Annual administration report of the Civil Veterinary Department of India - 1895-1896
Year: 1895
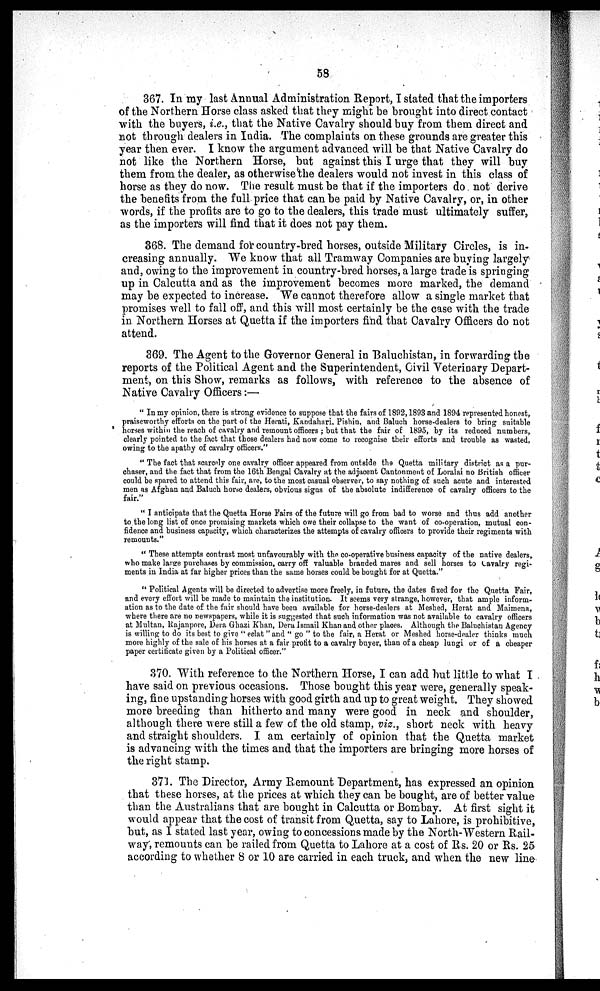
58
367. In my last Annual Administration Report, I stated that the importers
of the Northern Horse class asked that they might be brought into direct contact
with the buyers, i.e., that the Native Cavalry should buy from them direct and
not through dealers in India. The complaints on these grounds are greater this
year then ever. I know the argument advanced will be that Native Cavalry do
not like the Northern Horse, but against this I urge that they will buy
them from the dealer, as otherwise the dealers would not invest in this class of
horse as they do now. The result must be that if the importers do not derive
the benefits from the full price that can be paid by Native Cavalry, or, in other
words, if the profits are to go to the dealers, this trade must ultimately suffer,
as the importers will find that it does not pay them.
368. The demand for country-bred horses, outside Military Circles, is in-
creasing annually. We know that all Tramway Companies are buying largely
and, owing to the improvement in country-bred horses, a large trade is springing
up in Calcutta and as the improvement becomes more marked, the demand
may be expected to increase. We cannot therefore allow a single market that
promises well to fall off, and this will most certainly be the case with the trade
in Northern Horses at Quetta if the importers find that Cavalry Officers do not
attend.
369. The Agent to the Governor General in Baluchistan, in forwarding the
reports of the Political Agent and the Superintendent, Civil Veterinary Depart-
ment, on this Show, remarks as follows, with reference to the absence of
Native Cavalry Officers:—
"In my opinion, there is strong evidence to suppose that the fairs of 1892, 1893 and 1894 represented honest,
praiseworthy efforts on the part of the Herati, Kandahari, Pishin, and Baluch horse-dealers to bring suitable
horses within the reach of cavalry and remount officers ; but that the fair of 1895, by its reduced numbers,
clearly pointed to the fact that those dealers had now come to recognise their efforts and trouble as wasted,
owing to the apathy of cavalry officers."
"The fact that scarcely one cavalry officer appeared from outside the Quetta military district as a pur-
chaser, and the fact that from the 16th Bengal Cavalry at the adjacent Cantonment of Loralai no British officer
could be spared to attend this fair, are, to the most casual observer, to say nothing of such acute and interested
men as Afghan and Baluch horse dealers, obvious signs of the absolute indifference of cavalry officers to the
fair."
"I anticipate that the Quetta Horse Fairs of the future will go from bad to worse and thus add another
to the long list of once promising markets which owe their collapse to the want of co-operation, mutual con-
fidence and business capacity, which characterizes the attempts of cavalry officers to provide their regiments with
remounts."
"These attempts contrast most unfavourably with the co-operative business capacity of the native dealers,
who make large purchases by commission, carry off valuable branded mares and sell horses to Cavalry regi-
ments in India at far higher prices than the same horses could be bought for at Quetta."
"Political Agents will be directed to advertise more freely, in future, the dates fixed for the Quetta Fair,
and every effort will be made to maintain the institution. It seems very strange, however, that ample inform-
ation as to the date of the fair should have been available for horse-dealers at Meshed, Herat and Maimena,
where there are no newspapers, while it is suggested that such information was not available to cavalry officers
at Multan, Rajanpore, Dera Ghazi Khan, Dera Ismail Khan and other places. Although the Baluchistan Agency
is willing to do its best to give " eclat " and " go " to the fair, a Herat or Meshed horse-dealer thinks much
more highly of the sale of his horses at a fair profit to a cavalry buyer, than of a cheap lungi or of a cheaper
paper certificate given by a Political officer."
370. With reference to the Northern Horse, I can add but little to what I
have said on previous occasions. Those bought this year were, generally speak-
ing, fine upstanding horses with good girth and up to great weight. They showed
more breeding than hitherto and many were good in neck and shoulder,
although there were still a few of the old stamp, viz., short neck with heavy
and straight shoulders. I am certainly of opinion that the Quetta market
is advancing with the times and that the importers are bringing more horses of
the right stamp.
371. The Director, Army Remount Department, has expressed an opinion
that these horses, at the prices at which they can be bought, are of better value
than the Australians that are bought in Calcutta or Bombay. At first sight it
would appear that the cost of transit from Quetta, say to Lahore, is prohibitive,
but, as I stated last year, owing to concessions made by the North-Western Rail-
way, remounts can be railed from Quetta to Lahore at a cost of Rs. 20 or Rs. 25
according to whether 8 or 10 are carried in each truck, and when the new line